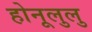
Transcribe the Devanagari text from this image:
होनूलुलु